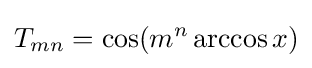
T_{mn}=\cos(m^{n}\arccos x)